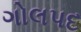
ગોલપદ